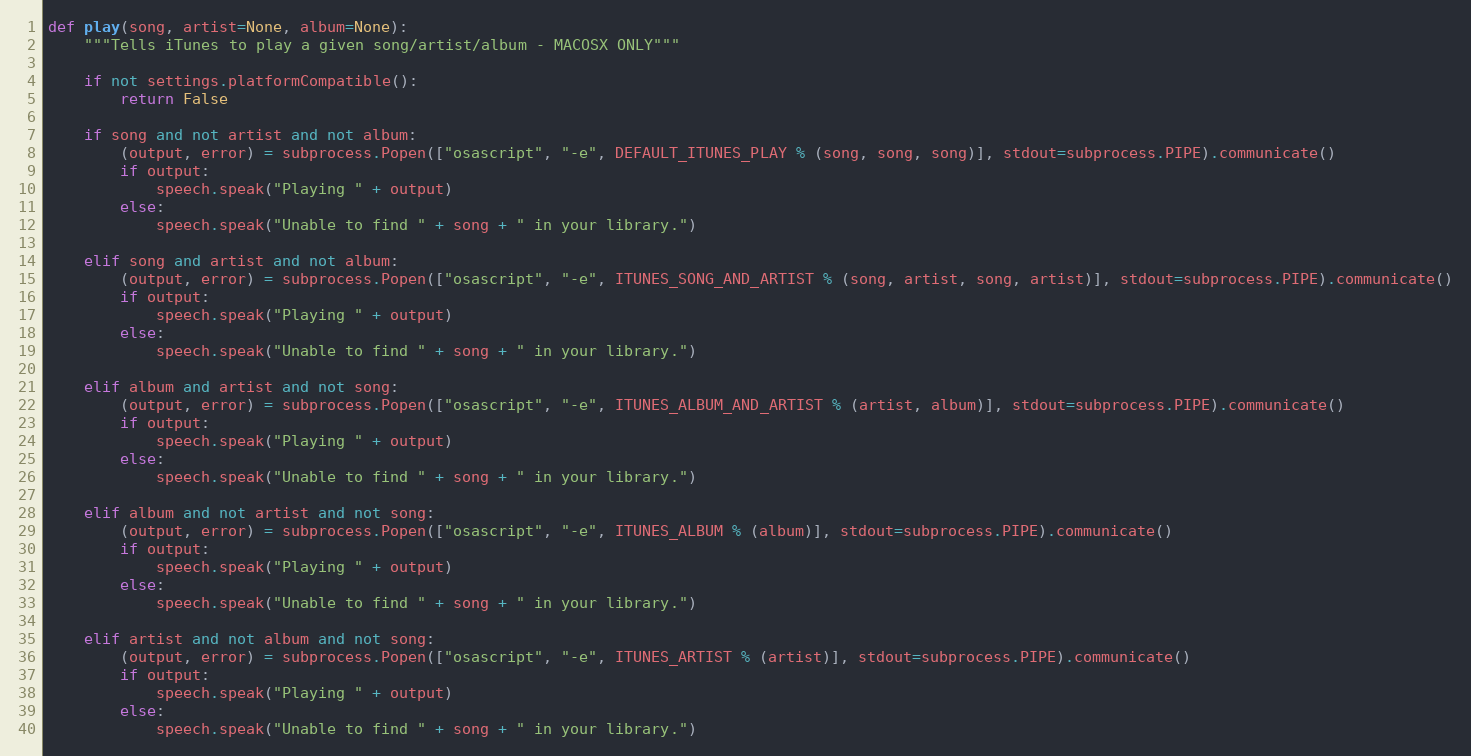
Language: Python
def play(song, artist=None, album=None):
	"""Tells iTunes to play a given song/artist/album - MACOSX ONLY"""

	if not settings.platformCompatible():
		return False

	if song and not artist and not album:
		(output, error) = subprocess.Popen(["osascript", "-e", DEFAULT_ITUNES_PLAY % (song, song, song)], stdout=subprocess.PIPE).communicate()
		if output:
			speech.speak("Playing " + output)
		else:
			speech.speak("Unable to find " + song + " in your library.")

	elif song and artist and not album:
		(output, error) = subprocess.Popen(["osascript", "-e", ITUNES_SONG_AND_ARTIST % (song, artist, song, artist)], stdout=subprocess.PIPE).communicate()
		if output:
			speech.speak("Playing " + output)
		else:
			speech.speak("Unable to find " + song + " in your library.")

	elif album and artist and not song:
		(output, error) = subprocess.Popen(["osascript", "-e", ITUNES_ALBUM_AND_ARTIST % (artist, album)], stdout=subprocess.PIPE).communicate()
		if output:
			speech.speak("Playing " + output)
		else:
			speech.speak("Unable to find " + song + " in your library.")

	elif album and not artist and not song:
		(output, error) = subprocess.Popen(["osascript", "-e", ITUNES_ALBUM % (album)], stdout=subprocess.PIPE).communicate()
		if output:
			speech.speak("Playing " + output)
		else:
			speech.speak("Unable to find " + song + " in your library.")

	elif artist and not album and not song:
		(output, error) = subprocess.Popen(["osascript", "-e", ITUNES_ARTIST % (artist)], stdout=subprocess.PIPE).communicate()
		if output:
			speech.speak("Playing " + output)
		else:
			speech.speak("Unable to find " + song + " in your library.")